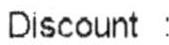
DISCOUNT :